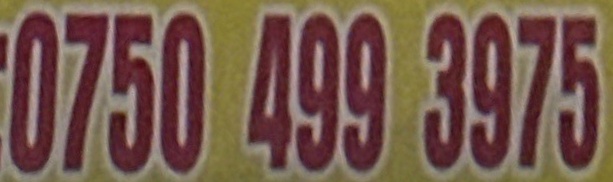
0750 499 3975